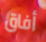
أفاق